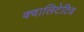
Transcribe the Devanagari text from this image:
क्वालिटेटिव